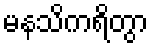
မနသိကရိတွာ